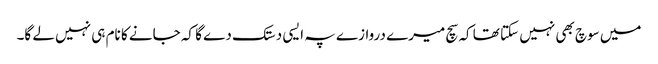
میں سوچ بھی نہیں سکتا تھا کہ سچ میرے دروازے پہ ایسی دستک دے گا کہ جانے کا نام ہی نہیں لے گا۔